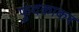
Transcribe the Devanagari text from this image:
फुदकाकर